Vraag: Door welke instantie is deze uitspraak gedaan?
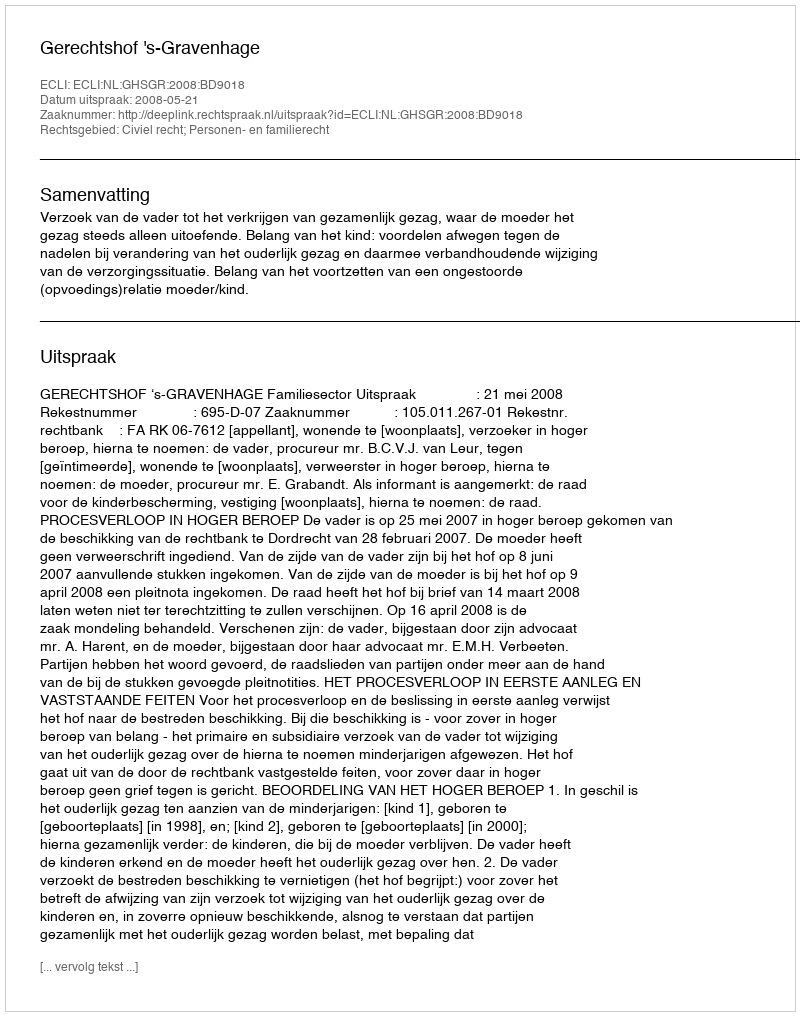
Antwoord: Gerechtshof 's-Gravenhage